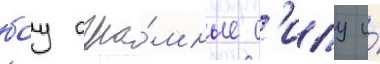
боу огро́мные с'илу и́